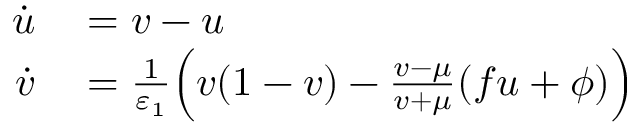
\begin{array} { r l } { \dot { u } } & { { } = v - u } \\ { \dot { v } } & { { } = \frac { 1 } { \varepsilon _ { 1 } } \Big ( v ( 1 - v ) - \frac { v - \mu } { v + \mu } ( f u + \phi ) \Big ) } \end{array}